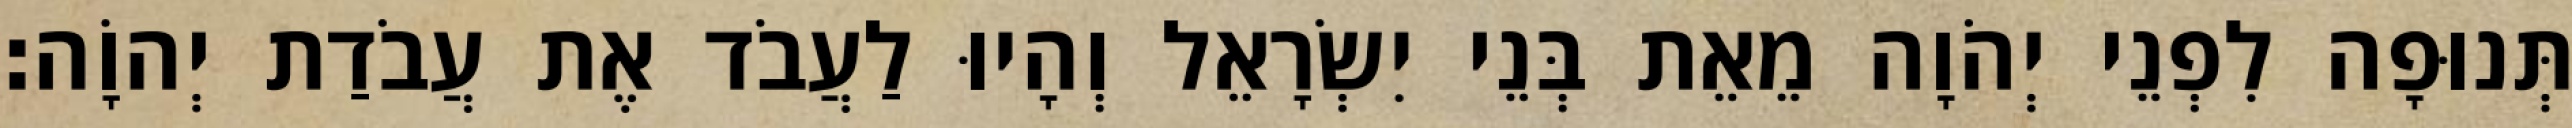
תְּנוּפָה לִפְנֵי יְהֹוָה מֵאֵת בְּנֵי יִשְׂרָאֵל וְהָיוּ לַעֲבֹד אֶת עֲבֹדַת יְהוָֹה׃